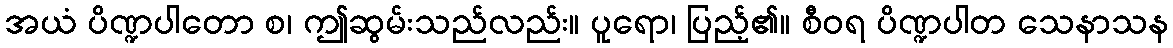
အယံ ပိဏ္ဍပါတော စ၊ ဤဆွမ်းသည်လည်း။ ပူရော၊ ပြည့်၏။ စီဝရ ပိဏ္ဍပါတ သေနာသန